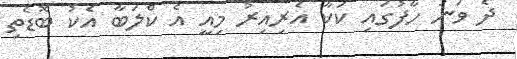
ދެ ވަނަ ހާފުގައި ކަކާ އެރިއިރު މިއީ އެ ކްލަބާ އެކު ބޮޑެތި